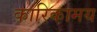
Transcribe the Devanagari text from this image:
कारिकामय